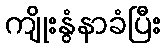
ကျိုးနွံနာခံပြီး